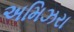
અમિઝરા